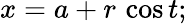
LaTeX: x=a+r\, \cos t;\,